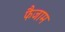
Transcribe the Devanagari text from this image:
फैजाम